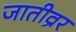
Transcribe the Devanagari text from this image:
जातीव्रर